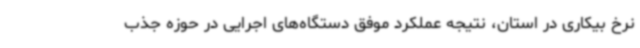
نرخ بیکاری در استان، نتیجه عملکرد موفق دستگاه‌های اجرایی در حوزه جذب